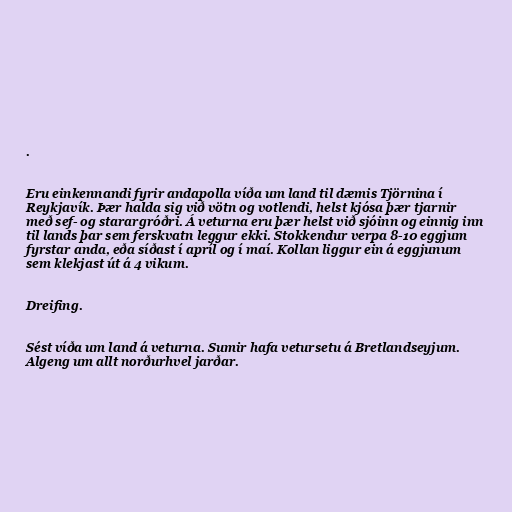
.

Eru einkennandi fyrir andapolla víða um land til dæmis Tjörnina í
Reykjavík. Þær halda sig við vötn og votlendi, helst kjósa þær tjarnir
með sef- og starargróðri. Á veturna eru þær helst við sjóinn og einnig inn
til lands þar sem ferskvatn leggur ekki. Stokkendur verpa 8-10 eggjum
fyrstar anda, eða síðast í apríl og í maí. Kollan liggur ein á eggjunum
sem klekjast út á 4 vikum.

Dreifing.

Sést víða um land á veturna. Sumir hafa vetursetu á Bretlandseyjum.
Algeng um allt norðurhvel jarðar.